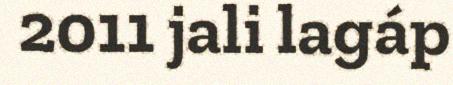
2011 jali lagáp